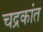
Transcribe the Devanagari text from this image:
चद्रकांत